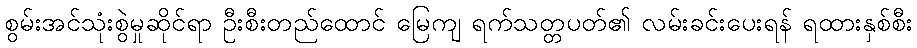
စွမ်းအင်သုံးစွဲမှုဆိုင်ရာ ဦးစီးတည်ထောင် မြေကျ ရက်သတ္တပတ်၏ လမ်းခင်းပေးရန် ရထားနှစ်စီး